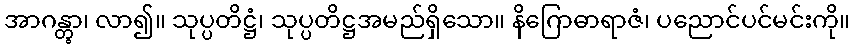
အာဂန္တွာ၊ လာ၍။ သုပ္ပတိဋ္ဌံ၊ သုပ္ပတိဋ္ဌအမည်ရှိသော။ နိဂြောဓာရာဇံ၊ ပညောင်ပင်မင်းကို။